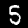
Digit: 5